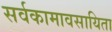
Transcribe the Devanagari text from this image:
सर्वकामावसायिता